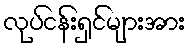
လုပ်ငန်းရှင်များအား